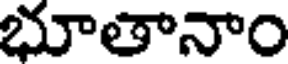
భూతానాం